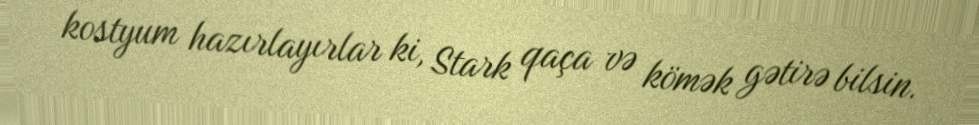
kostyum hazırlayırlar ki, Stark qaça və kömək gətirə bilsin.